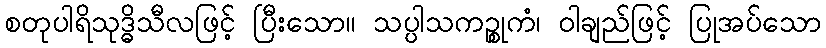
စတုပါရိသုဒ္ဓိသီလဖြင့် ပြီးသော။ သပ္ပါသကဉ္စုကံ၊ ဝါချည်ဖြင့် ပြုအပ်သော